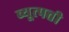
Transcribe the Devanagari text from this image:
व्यूत्पत्ती